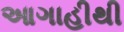
આગાહીથી